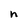
Character: n